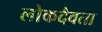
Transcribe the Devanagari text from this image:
लोकदैवता